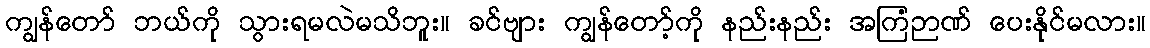
ကျွန်တော် ဘယ်ကို သွားရမလဲမသိဘူး။ ခင်ဗျား ကျွန်တော့်ကို နည်းနည်း အကြံဉာဏ် ပေးနိုင်မလား။